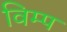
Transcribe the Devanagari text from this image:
विम्प